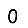
Digit: 0